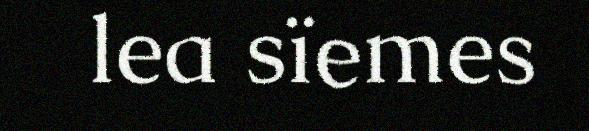
lea sïemes